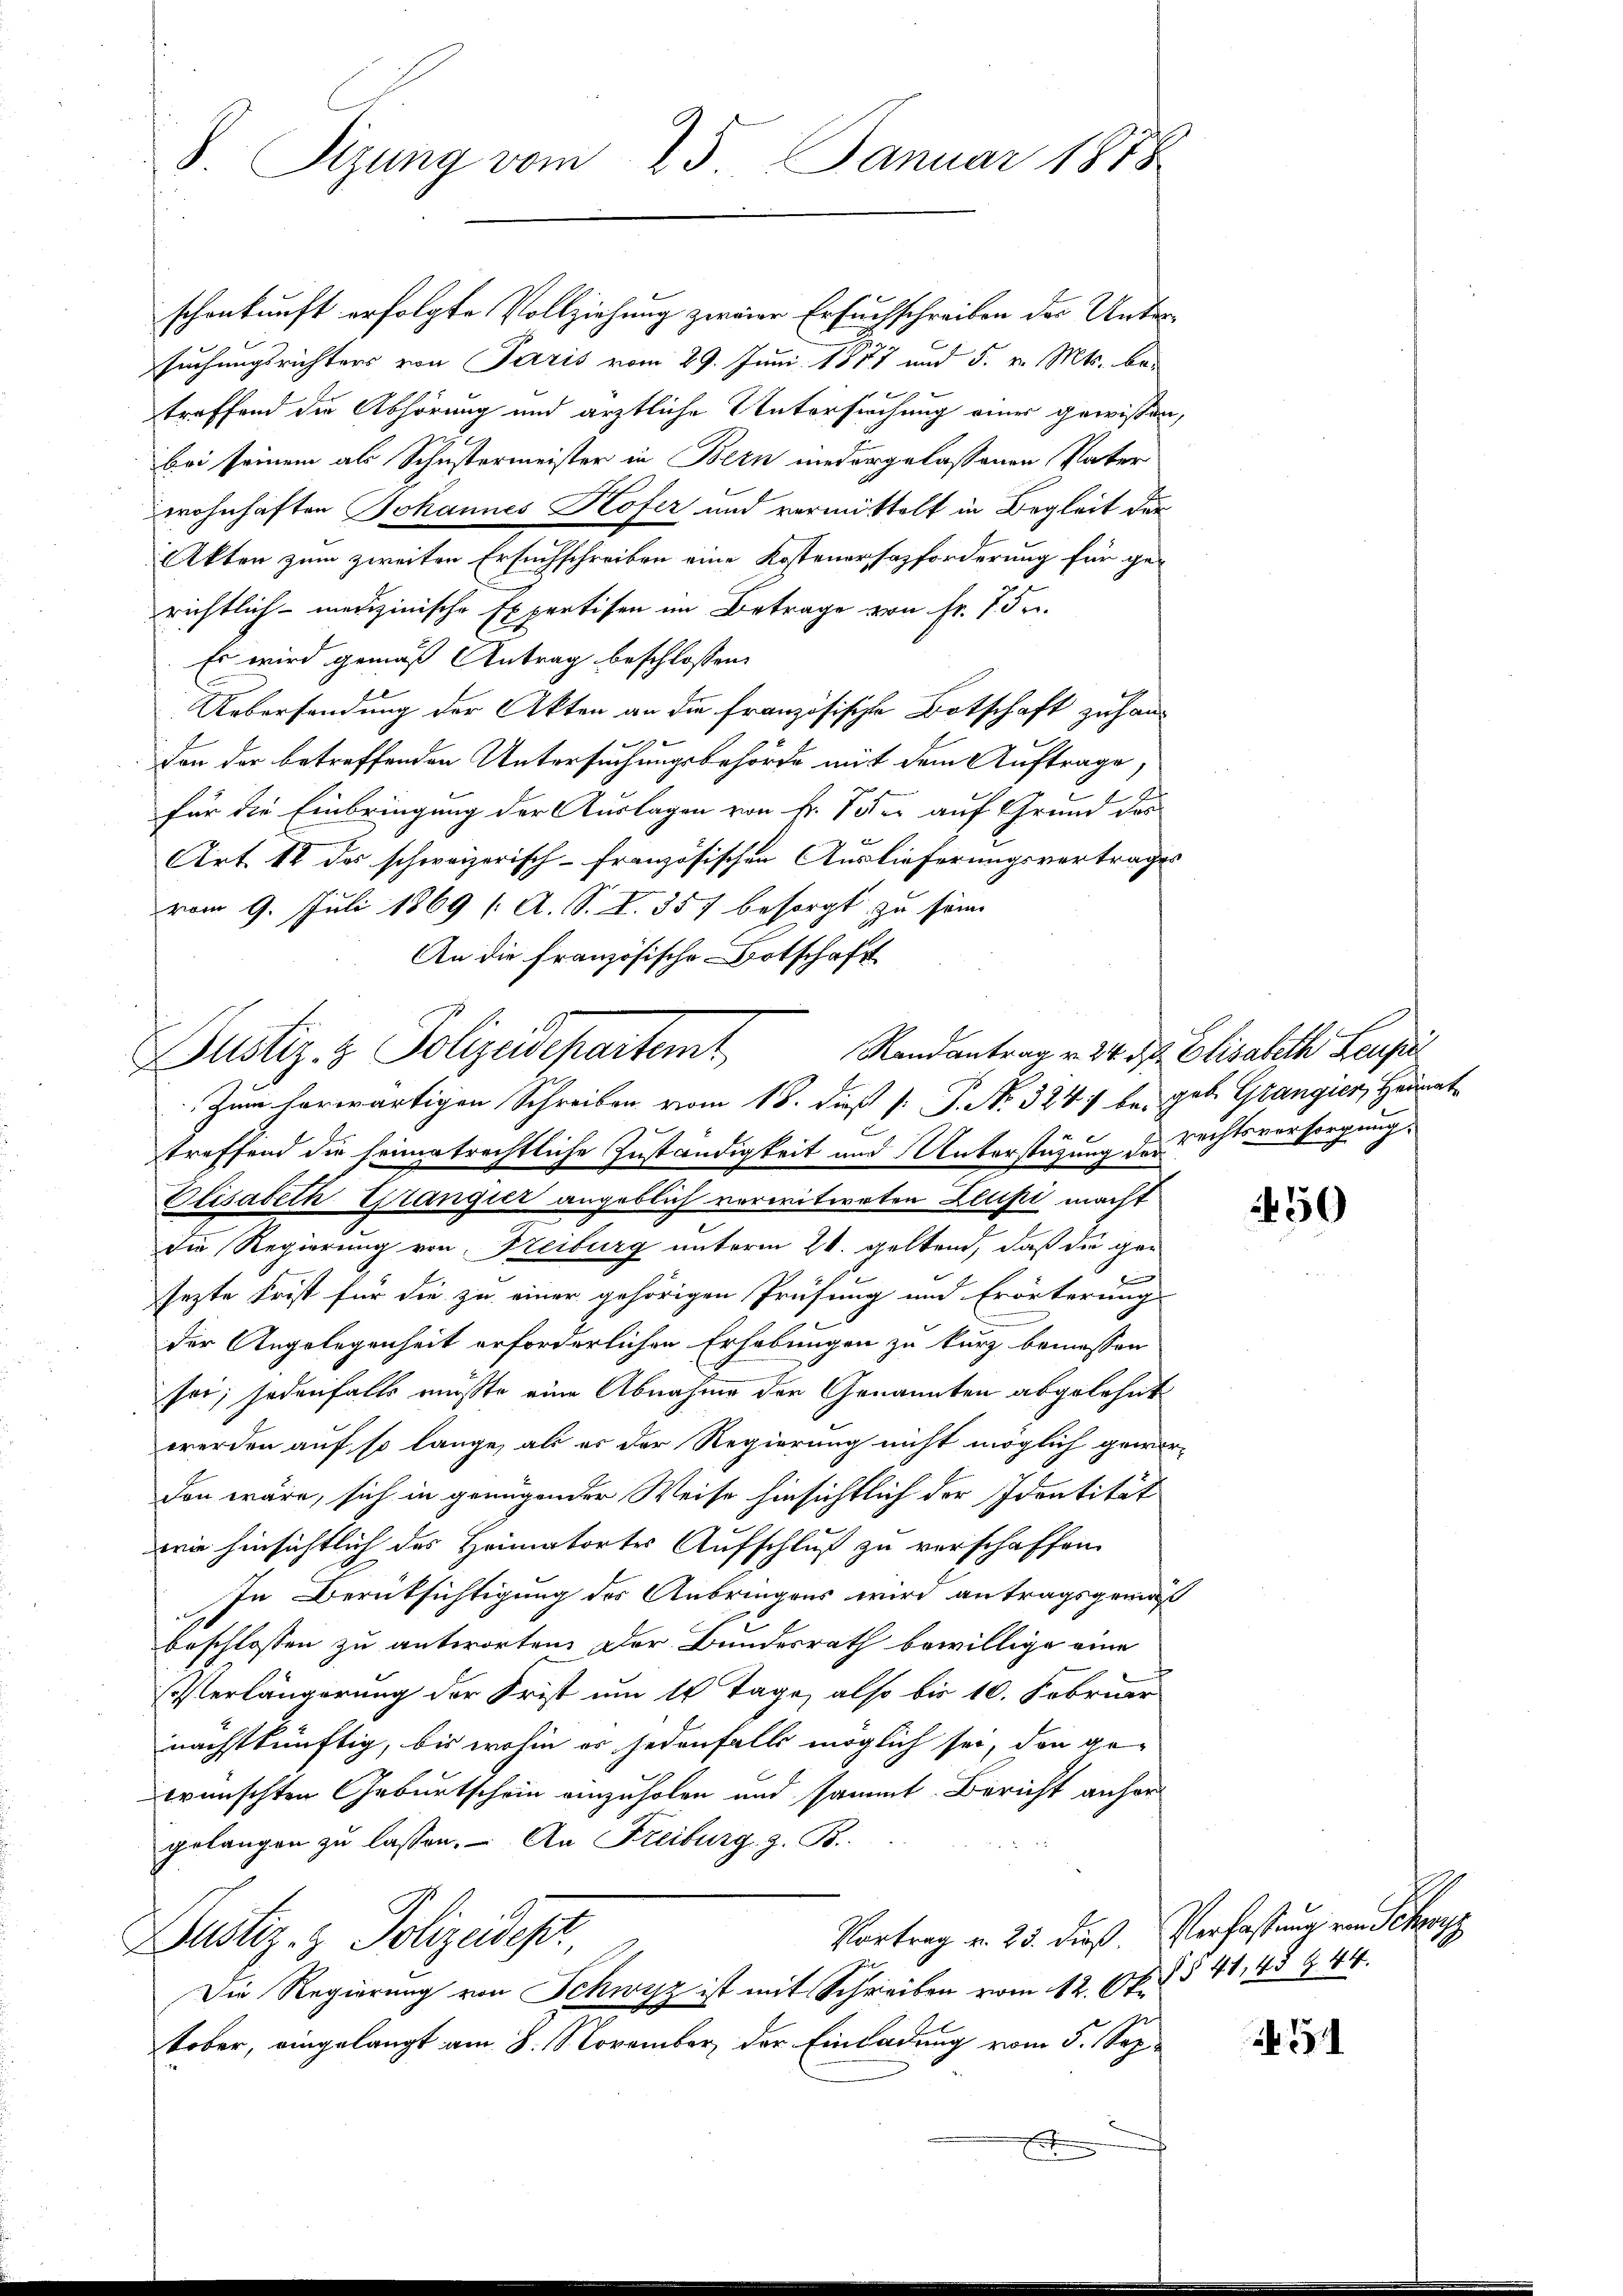
8 Sizung vom 25. Januar 1878

schenkunft erfolgte Vollziehung zweier Ersuchschreiben der Untersuchungsrichters von Paris vom 29. Juni 1857 und 5. v. Mts. betreffend die Abhörung und ärztliche Untersuchung einer gewissen,
bei seinem als Schustermeister in Bern niedergelassenen Vater
Zwohnhaften Johannes Hofer und vermittelt in Begleit der
Akten zum zweiten Ersuchschreiben eine Kostenorsazforderung für ge-
richtlich - medizinische Expertisen im Betrage von fr. 75.
Es wird gemäß Antrag beschlossen:
Uebersendung der Akten an die französische Botschaft zu hand
don der betreffenden Untersuchungsbehörde mit dem Auftrage
f
für die Einbringung der Auslagen von Fr. Soder auf Grund des
Art. 12 des schweizerisch-französischen Auslieferungsvertrages
vom 9. Juli 1869 (: A. S. S. 357 besorgt zu seine
An die französische Botschaft

Randantrag v. 24. d. Elisabeth Keupil
Justiz- & Polizeidepartemt
Zum herwärtigen Schreiben vom 18. dieß P. P. Nr. 324) bei geb. Grangier, Heimat-

treffend die heimatrechtliche Zuständigkeit und Unterstützung des Rechtsvorsorgung.
Elisabeth Grangier angeblich verwitweten Zeupi macht
die Regierung von Neiburg unterm 24. geltend, daß die gesezte Frist für die zu einer gehörigen Prüfung und Erörterung
der Angelegenheit erforderlichen Erhebungen zu kurz bemessen
sei; jedenfalls müßte eine Abnahme der Genannten abgelehnt
werden auf so lange, als es der Regierung nicht möglich gewor-
den wäre, sich in genügender Weise hinsichtlich der Identität
wie hinsichtlich des Heimatortes Aufschluß zu verschaffen.
In Berüksichtigung des Anbringens wird antragsgewa
beschlossen zu antworten. Der Bundesrath bewillige eine
Verlängerung der Frist um 14 Tage, also bis 10. Februar
nächstkünftig, bis wohin es jedenfalls möglich sei, den ge-
wünschten Geburtschein einzuholen und sammt Bericht anher
gelangen zu lassen. – An Freiburg z. B.
Vortrag v. 25. dieß. Verfassung von Scherz
Zustiz- & Polizeidest,
Die Regierung von Schwyz ist mit Schreiben vom 12. Oktober, eingelangt am 8. November der Einladung vom 5. Sep
E

450

§ § 41,45 Z 44.

31